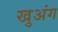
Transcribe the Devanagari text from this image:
खुअंग